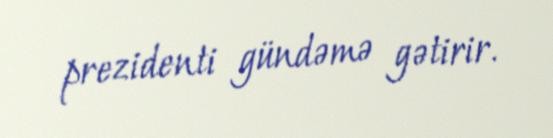
prezidenti gündəmə gətirir.